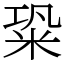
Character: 䊄